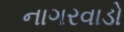
નાગરવાડો